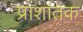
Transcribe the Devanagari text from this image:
प्राशांतक